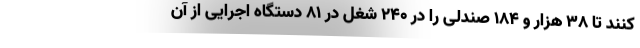
کنند تا ۳۸ هزار و ۱۸۴ صندلی را در ۲۴۰ شغل در ۸۱ دستگاه اجرایی از آن